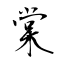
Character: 棠